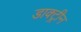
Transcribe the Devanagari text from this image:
डाक्ट्रीन